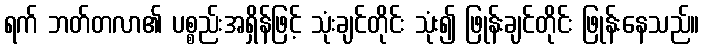
ရက် ဘတ်တလာ၏ ပစ္စည်းအရှိန်ဖြင့် သုံးချင်တိုင်း သုံး၍ ဖြုန်းချင်တိုင်း ဖြုန်းနေသည်။